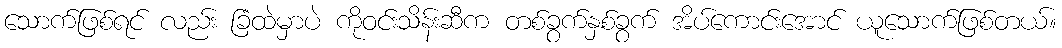
သောက်ဖြစ်ရင် လည်း ခြံထဲမှာပဲ ကိုဝင်းသိန်းဆီက တစ်ခွက်နှစ်ခွက် အိပ်ကောင်းအောင် ယူသောက်ဖြစ်တယ်။